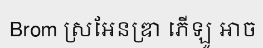
Brom ស្រអែនឌ្រា ភើឡូ អាច